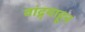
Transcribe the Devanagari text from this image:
वांद्र्याहून